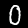
Digit: 0